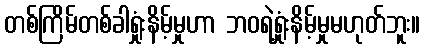
တစ်ကြိမ်တစ်ခါရှုံးနိမ့်မှုဟာ ဘဝရဲ့ရှုံးနိမ့်မှုမဟုတ်ဘူး။